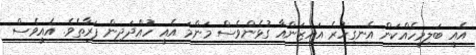
އެއީ ބަލިމީހެއްކަން އެނގިހުރެ އައިޒަންއާ ގުޅެންވެސް މަންމަ އެއީ ހުއްދަދިން ފަރާތެވެ. އެއީވެސް